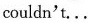
couldn't...